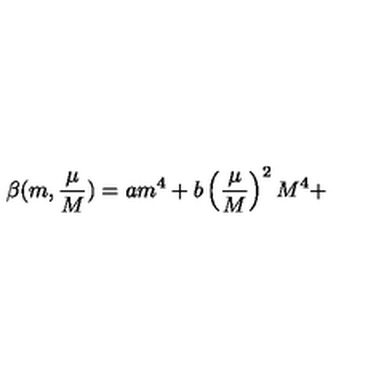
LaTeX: \beta ( m , \frac { \mu } { M } ) = a m ^ { 4 } + b \left( \frac { \mu } { M } \right) ^ { 2 } M ^ { 4 } +